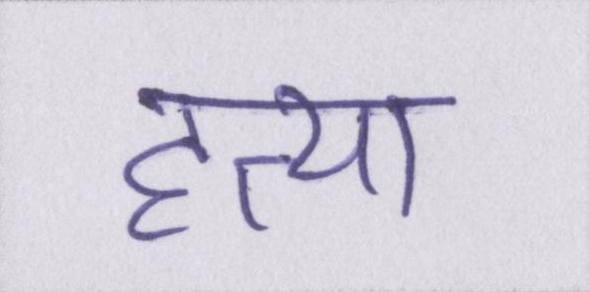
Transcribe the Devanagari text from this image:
हत्या